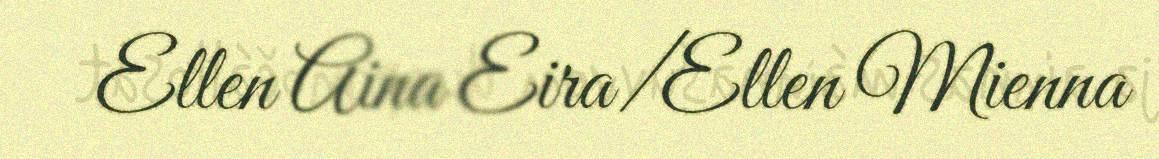
Ellen Aina Eira/Ellen Mienna